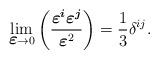
LaTeX: \begin{align*}\lim_{{\mbox{\boldmath$\varepsilon$}}\to 0}\left(\frac{\mbox{{\boldmath$\varepsilon^i$}}\mbox{{\boldmath$\varepsilon^j$}}}{{\mbox{\boldmath$\varepsilon$}}^2}\right)=\frac{1}{3}\delta^{ij}.\end{align*}